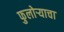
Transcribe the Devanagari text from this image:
फुलोऱ्याचा